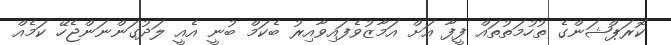
ކޮރަޕްޝަންގެ ތުހުމަތުތައް ފީފާ އަށް އަމާޒުވެފައިވާއިރު ބެކަމް ބުނީ އެއީ ލަދުގަންނަންޖެހޭ ކަމެއް